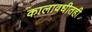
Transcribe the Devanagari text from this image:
कालावधीतही